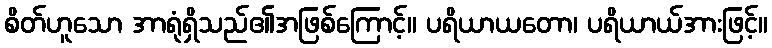
စိတ်ဟူသော အာရုံရှိသည်၏အဖြစ်ကြောင့်။ ပရိယာယတော၊ ပရိယာယ်အားဖြင့်။